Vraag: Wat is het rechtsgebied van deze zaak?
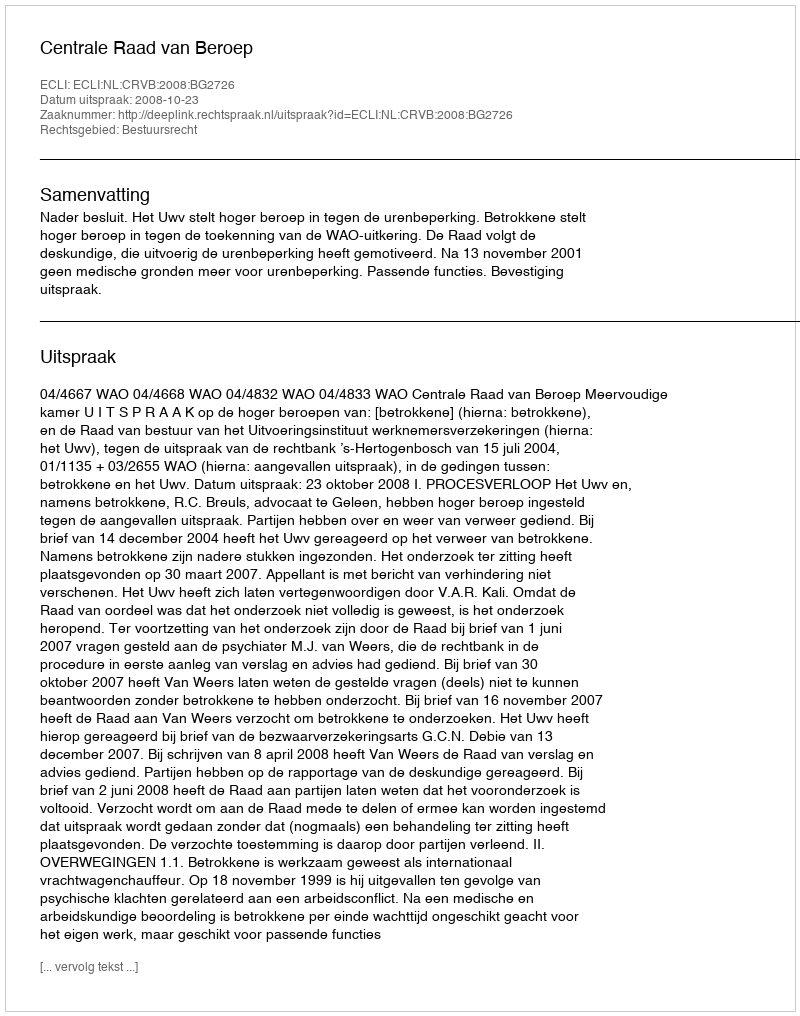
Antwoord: Bestuursrecht